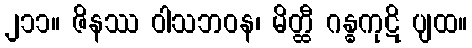
၂၁၁။ ဇိနဿ ဝါသဘဝန၊ မိတ္ထီ ဂန္ဓကုဋိ ပျထ။